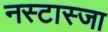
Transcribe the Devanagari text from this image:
नस्टास्जा